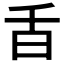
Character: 𣅌